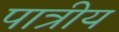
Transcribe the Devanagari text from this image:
पात्रीय